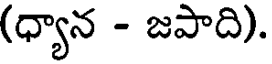
(ధ్యాన - జపాది).